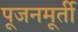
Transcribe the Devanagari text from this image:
पूजनमूर्ती